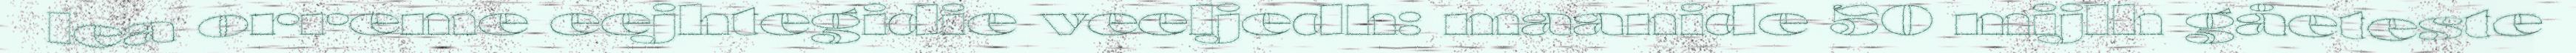
lea orreme eejhtegidie veeljedh: maanide 50 mijlh gåeteste